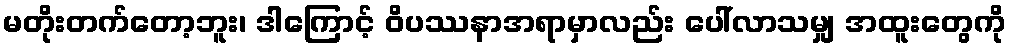
မတိုးတက်တော့ဘူး၊ ဒါကြောင့် ဝိပဿနာအရာမှာလည်း ပေါ်လာသမျှ အထူးတွေကို